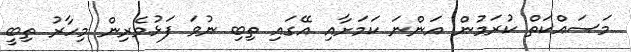
މަސައްކަތް ކުރަމުން އަންނަ ކަމަށާއި އޭގައި ތިބި ނުވަ ފަޅުވެރިން މިހާރު ތިބީ